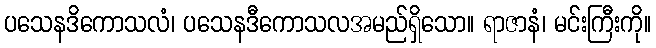
ပသေနဒိကောသလံ၊ ပသေနဒီကောသလအမည်ရှိသော။ ရာဇာနံ၊ မင်းကြီးကို။